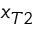
x _ { T 2 }